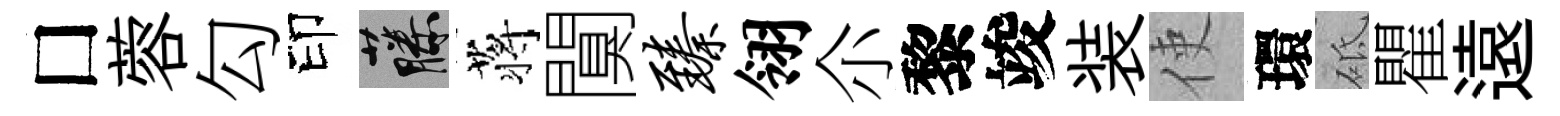
□蓉勾印藤蒋闃臻翎尒黎竣装使環砥瞿遠